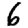
Digit: 6